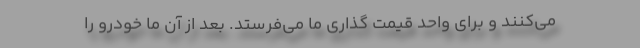
می‌کنند و برای واحد قیمت گذاری ما می‌فرستد. بعد از آن ما خودرو را